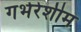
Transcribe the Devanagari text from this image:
गर्भरेशीम